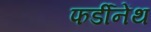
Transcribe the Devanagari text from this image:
फर्डीनेंथ